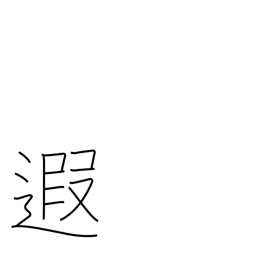
Meaning: distant